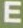
E